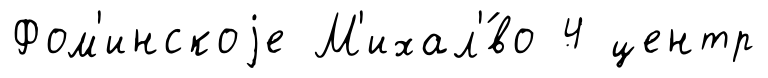
Фом'инскоjе М'ихал'́во 4 центр